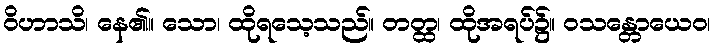
ဝိဟာသိ၊ နေ၏။ သော၊ ထိုရသေ့သည်။ တတ္ထ၊ ထိုအရပ်၌။ ဝသန္တောယေဝ၊